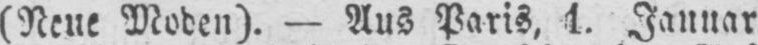
Januar